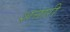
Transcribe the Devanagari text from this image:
शत्तारी